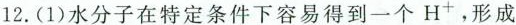
12.(1)水分子在特定条件下容易得到一个H^{+}，形成